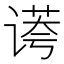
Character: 𰵻